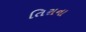
તિરાના